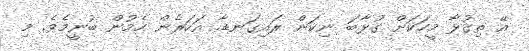
އޭ ތިގުޅާ މީހަކަށް ގުޅާބަ ނިކަން ރައިގަނޑާ. އަހަރެން ހެމުން ބުނީމެވެ. މި